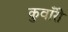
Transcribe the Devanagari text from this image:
कुवाँरी